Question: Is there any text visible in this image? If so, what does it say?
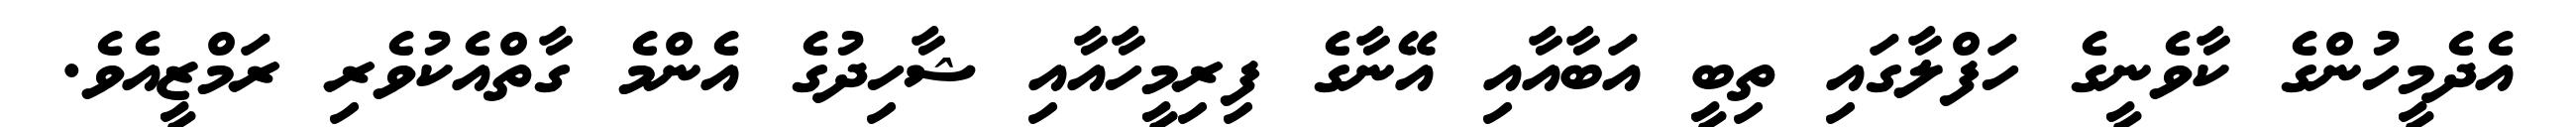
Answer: އެދެމީހުންގެ ކާވެނީގެ ހަފްލާގައި ތިބީ އަބާއާއި އޭނާގެ ފިރިމީހާއާއި ޝާހިދުގެ އެންމެ ގާތްއެކުވެރި ރަމްޒީއެވެ.